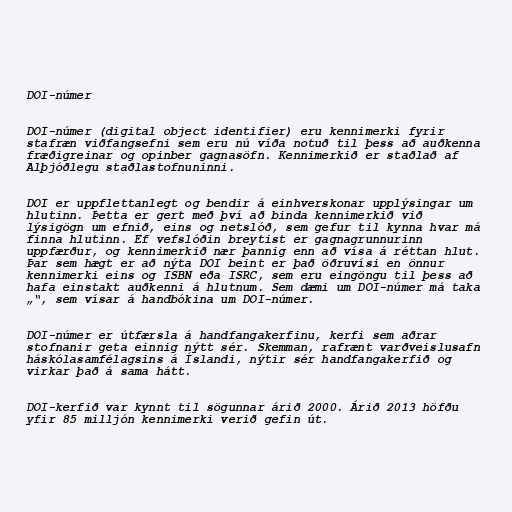
DOI-númer

DOI-númer (digital object identifier) eru kennimerki fyrir
stafræn viðfangsefni sem eru nú víða notuð til þess að auðkenna
fræðigreinar og opinber gagnasöfn. Kennimerkið er staðlað af
Alþjóðlegu staðlastofnuninni.

DOI er uppflettanlegt og bendir á einhverskonar upplýsingar um
hlutinn. Þetta er gert með því að binda kennimerkið við
lýsigögn um efnið, eins og netslóð, sem gefur til kynna hvar má
finna hlutinn. Ef vefslóðin breytist er gagnagrunnurinn
uppfærður, og kennimerkið nær þannig enn að vísa á réttan hlut.
Þar sem hægt er að nýta DOI beint er það öðruvísi en önnur
kennimerki eins og ISBN eða ISRC, sem eru eingöngu til þess að
hafa einstakt auðkenni á hlutnum. Sem dæmi um DOI-númer má taka
„“, sem vísar á handbókina um DOI-númer.

DOI-númer er útfærsla á handfangakerfinu, kerfi sem aðrar
stofnanir geta einnig nýtt sér. Skemman, rafrænt varðveislusafn
háskólasamfélagsins á Íslandi, nýtir sér handfangakerfið og
virkar það á sama hátt.

DOI-kerfið var kynnt til sögunnar árið 2000. Árið 2013 höfðu
yfir 85 milljón kennimerki verið gefin út.